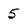
Character: 5